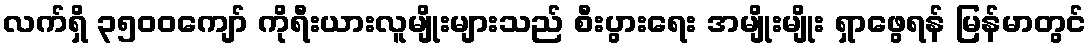
လက်ရှိ ၃၅၀၀ကျော် ကိုရီးယားလူမျိုးများသည် စီးပွားရေး အမျိုးမျိုး ရှာဖွေရန် မြန်မာတွင်